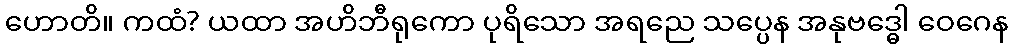
ဟောတိ။ ကထံ? ယထာ အဟိဘီရုကော ပုရိသော အရညေ သပ္ပေန အနုဗဒ္ဓေါ ဝေဂေန